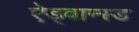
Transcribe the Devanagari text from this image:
ऐड्वान्स्ड